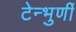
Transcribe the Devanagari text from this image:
टेन्भुर्णी